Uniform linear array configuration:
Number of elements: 16
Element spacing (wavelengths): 0.75
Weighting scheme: hann
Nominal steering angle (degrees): -30
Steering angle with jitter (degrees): -28.887
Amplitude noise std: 0.05
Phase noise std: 0.05

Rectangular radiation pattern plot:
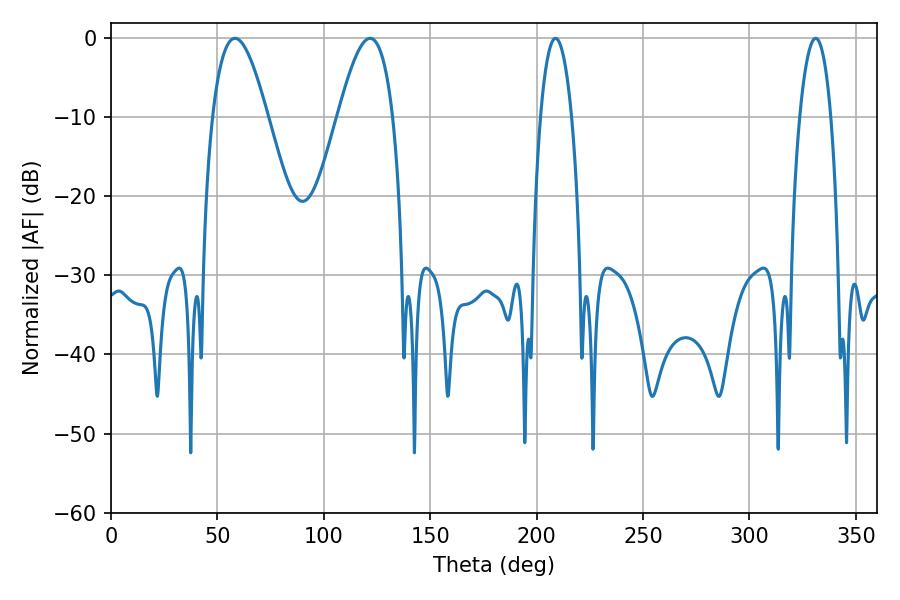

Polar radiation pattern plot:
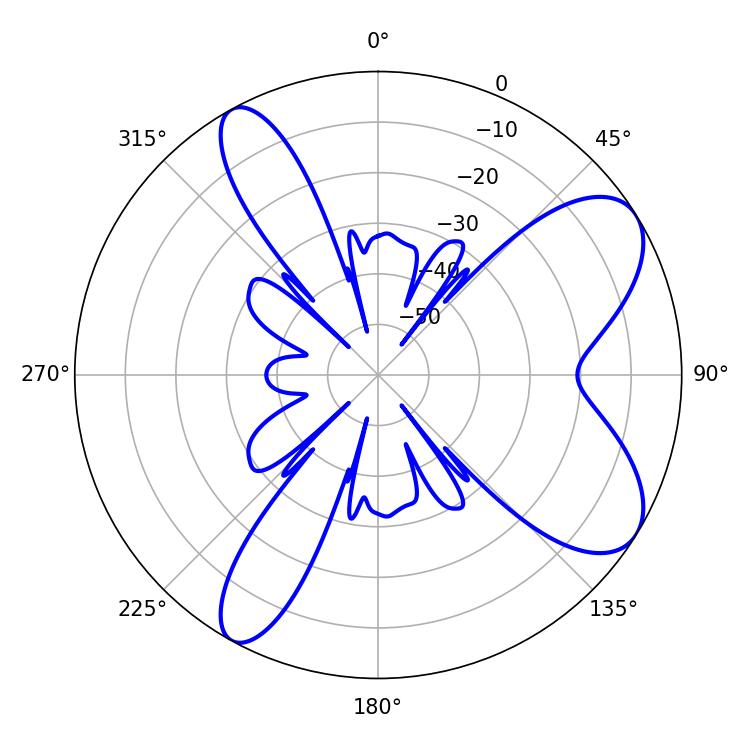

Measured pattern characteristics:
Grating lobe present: TRUE
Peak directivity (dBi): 8.046
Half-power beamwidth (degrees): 14.04
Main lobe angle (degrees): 58.32